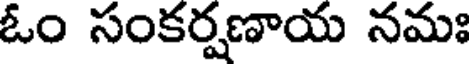
ఓం సంకర్షణాయ నమః